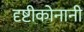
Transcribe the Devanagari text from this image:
दृष्टीकोनानी